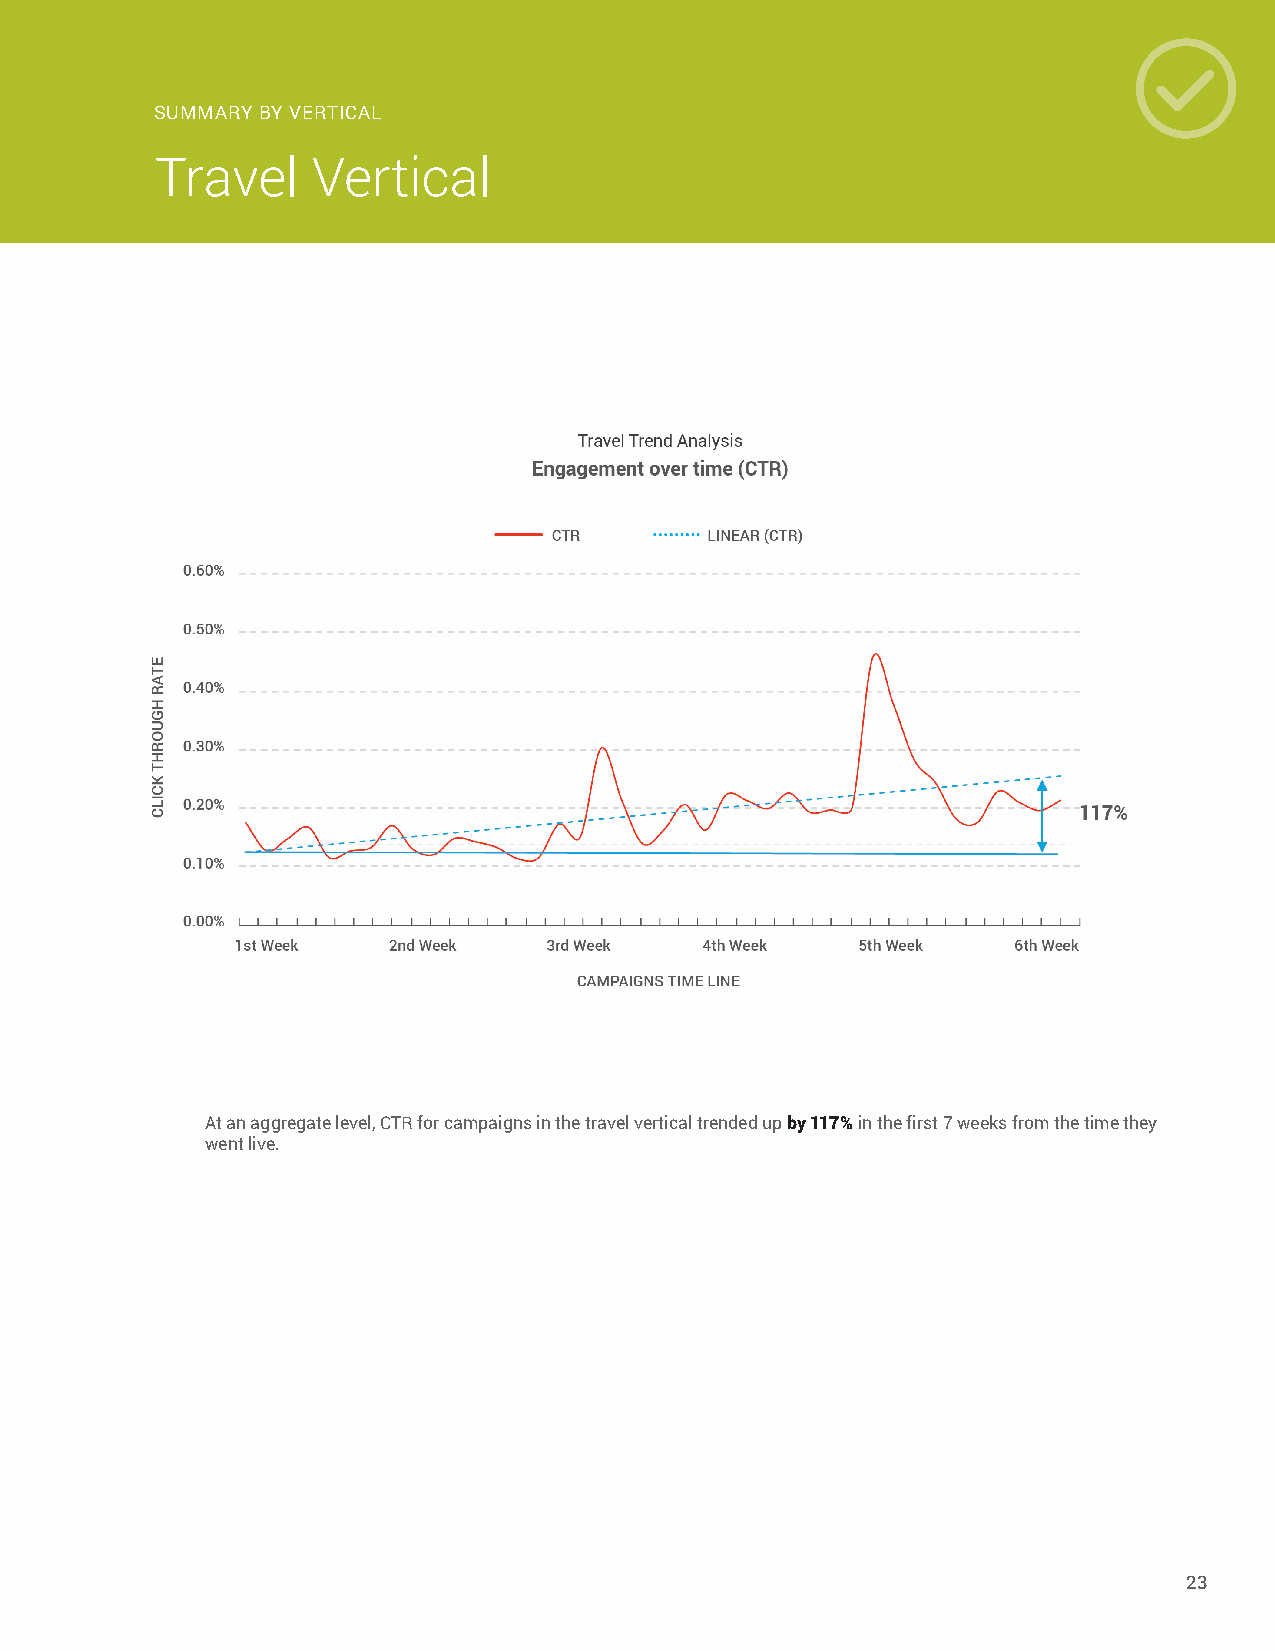
SUMMARY BY VERTICAL
 Travel     Vertical
 At an aggregate level, CTR for campaigns in the travel vertical trended up by 117% in the first 7 weeks from the time they
 went live.
 23